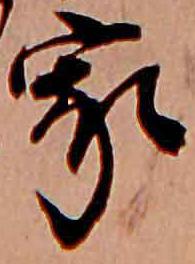
家